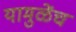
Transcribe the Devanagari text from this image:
यामुळेंच